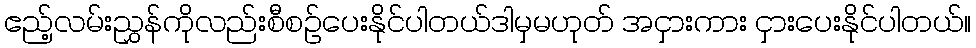
ဧည့်လမ်းညွှန်ကိုလည်းစီစဉ်ပေးနိုင်ပါတယ်ဒါမှမဟုတ် အငှားကား ငှားပေးနိုင်ပါတယ်။